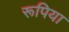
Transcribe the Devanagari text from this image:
रूपिया